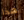
هذا